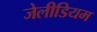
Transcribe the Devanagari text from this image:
जेलीडियम